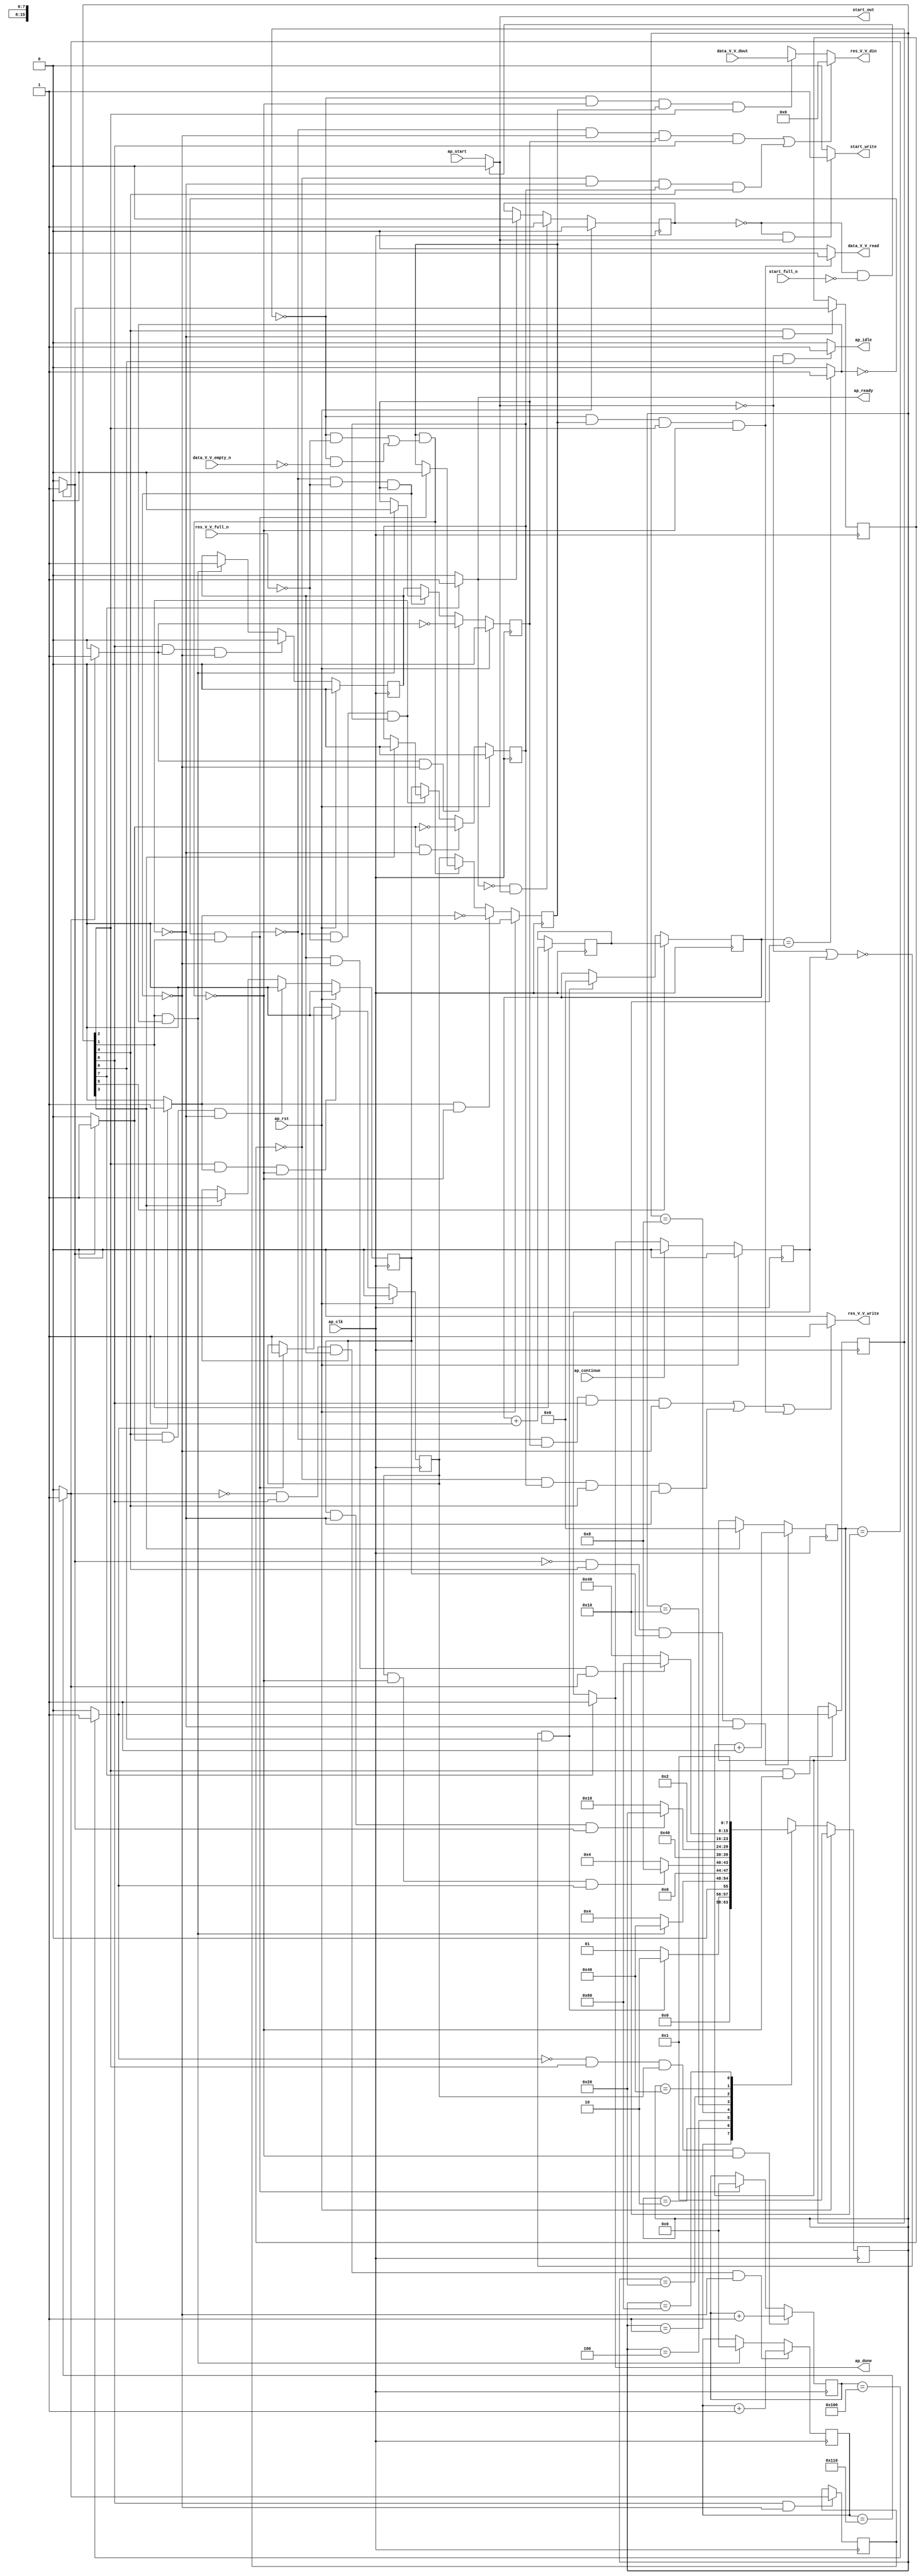
// ==============================================================
// RTL generated by Vivado(TM) HLS - High-Level Synthesis from C, C++ and OpenCL
// Version: 2019.2
// Copyright (C) 1986-2019 Xilinx, Inc. All Rights Reserved.
// 
// ===========================================================

`timescale 1 ns / 1 ps 

module zeropad2d_cl_ss_ap_fixed_ap_fixed_config78_s (
        ap_clk,
        ap_rst,
        ap_start,
        start_full_n,
        ap_done,
        ap_continue,
        ap_idle,
        ap_ready,
        start_out,
        start_write,
        data_V_V_dout,
        data_V_V_empty_n,
        data_V_V_read,
        res_V_V_din,
        res_V_V_full_n,
        res_V_V_write
);

parameter    ap_ST_fsm_state1 = 8'd1;
parameter    ap_ST_fsm_state2 = 8'd2;
parameter    ap_ST_fsm_pp0_stage0 = 8'd4;
parameter    ap_ST_fsm_state5 = 8'd8;
parameter    ap_ST_fsm_pp1_stage0 = 8'd16;
parameter    ap_ST_fsm_state8 = 8'd32;
parameter    ap_ST_fsm_pp2_stage0 = 8'd64;
parameter    ap_ST_fsm_state11 = 8'd128;

input   ap_clk;
input   ap_rst;
input   ap_start;
input   start_full_n;
output   ap_done;
input   ap_continue;
output   ap_idle;
output   ap_ready;
output   start_out;
output   start_write;
input  [15:0] data_V_V_dout;
input   data_V_V_empty_n;
output   data_V_V_read;
output  [15:0] res_V_V_din;
input   res_V_V_full_n;
output   res_V_V_write;

reg ap_done;
reg ap_idle;
reg start_write;
reg data_V_V_read;
reg[15:0] res_V_V_din;
reg res_V_V_write;

reg    real_start;
reg    start_once_reg;
reg    ap_done_reg;
(* fsm_encoding = "none" *) reg   [7:0] ap_CS_fsm;
wire    ap_CS_fsm_state1;
reg    internal_ap_ready;
reg    data_V_V_blk_n;
wire    ap_CS_fsm_pp0_stage0;
reg    ap_enable_reg_pp0_iter1;
wire    ap_block_pp0_stage0;
reg   [0:0] icmp_ln121_reg_210;
reg    res_V_V_blk_n;
wire    ap_CS_fsm_pp1_stage0;
reg    ap_enable_reg_pp1_iter1;
wire    ap_block_pp1_stage0;
reg   [0:0] icmp_ln24_reg_219;
wire    ap_CS_fsm_pp2_stage0;
reg    ap_enable_reg_pp2_iter1;
wire    ap_block_pp2_stage0;
reg   [0:0] icmp_ln130_reg_228;
reg   [8:0] indvar_flatten_reg_120;
reg   [4:0] c_0_i15_reg_131;
reg   [8:0] indvar_flatten11_reg_142;
wire   [0:0] icmp_ln117_fu_153_p2;
wire    ap_CS_fsm_state2;
wire   [4:0] i_fu_159_p2;
reg   [4:0] i_reg_205;
wire   [0:0] icmp_ln121_fu_165_p2;
wire    ap_block_state3_pp0_stage0_iter0;
reg    ap_block_state4_pp0_stage0_iter1;
reg    ap_block_pp0_stage0_11001;
wire   [8:0] add_ln121_fu_171_p2;
reg    ap_enable_reg_pp0_iter0;
wire   [0:0] icmp_ln24_fu_177_p2;
wire    ap_block_state6_pp1_stage0_iter0;
reg    ap_block_state7_pp1_stage0_iter1;
reg    ap_block_pp1_stage0_11001;
wire   [4:0] c_fu_183_p2;
reg    ap_enable_reg_pp1_iter0;
wire   [0:0] icmp_ln130_fu_189_p2;
wire    ap_block_state9_pp2_stage0_iter0;
reg    ap_block_state10_pp2_stage0_iter1;
reg    ap_block_pp2_stage0_11001;
wire   [8:0] add_ln130_fu_195_p2;
reg    ap_enable_reg_pp2_iter0;
reg    ap_block_pp0_stage0_subdone;
reg    ap_condition_pp0_exit_iter0_state3;
wire    ap_CS_fsm_state5;
reg    ap_block_pp1_stage0_subdone;
reg    ap_condition_pp1_exit_iter0_state6;
reg    ap_block_pp2_stage0_subdone;
reg    ap_condition_pp2_exit_iter0_state9;
reg   [4:0] i1_0_reg_109;
reg    ap_block_state1;
wire    ap_CS_fsm_state8;
reg    ap_block_pp0_stage0_01001;
reg    ap_block_pp1_stage0_01001;
reg    ap_block_pp2_stage0_01001;
wire    ap_CS_fsm_state11;
reg   [7:0] ap_NS_fsm;
reg    ap_idle_pp0;
wire    ap_enable_pp0;
reg    ap_idle_pp1;
wire    ap_enable_pp1;
reg    ap_idle_pp2;
wire    ap_enable_pp2;

// power-on initialization
initial begin
#0 start_once_reg = 1'b0;
#0 ap_done_reg = 1'b0;
#0 ap_CS_fsm = 8'd1;
#0 ap_enable_reg_pp0_iter1 = 1'b0;
#0 ap_enable_reg_pp1_iter1 = 1'b0;
#0 ap_enable_reg_pp2_iter1 = 1'b0;
#0 ap_enable_reg_pp0_iter0 = 1'b0;
#0 ap_enable_reg_pp1_iter0 = 1'b0;
#0 ap_enable_reg_pp2_iter0 = 1'b0;
end

always @ (posedge ap_clk) begin
    if (ap_rst == 1'b1) begin
        ap_CS_fsm <= ap_ST_fsm_state1;
    end else begin
        ap_CS_fsm <= ap_NS_fsm;
    end
end

always @ (posedge ap_clk) begin
    if (ap_rst == 1'b1) begin
        ap_done_reg <= 1'b0;
    end else begin
        if ((ap_continue == 1'b1)) begin
            ap_done_reg <= 1'b0;
        end else if ((1'b1 == ap_CS_fsm_state11)) begin
            ap_done_reg <= 1'b1;
        end
    end
end

always @ (posedge ap_clk) begin
    if (ap_rst == 1'b1) begin
        ap_enable_reg_pp0_iter0 <= 1'b0;
    end else begin
        if (((1'b1 == ap_CS_fsm_pp0_stage0) & (1'b1 == ap_condition_pp0_exit_iter0_state3) & (1'b0 == ap_block_pp0_stage0_subdone))) begin
            ap_enable_reg_pp0_iter0 <= 1'b0;
        end else if (((icmp_ln117_fu_153_p2 == 1'd0) & (1'b1 == ap_CS_fsm_state2))) begin
            ap_enable_reg_pp0_iter0 <= 1'b1;
        end
    end
end

always @ (posedge ap_clk) begin
    if (ap_rst == 1'b1) begin
        ap_enable_reg_pp0_iter1 <= 1'b0;
    end else begin
        if (((1'b1 == ap_condition_pp0_exit_iter0_state3) & (1'b0 == ap_block_pp0_stage0_subdone))) begin
            ap_enable_reg_pp0_iter1 <= (1'b1 ^ ap_condition_pp0_exit_iter0_state3);
        end else if ((1'b0 == ap_block_pp0_stage0_subdone)) begin
            ap_enable_reg_pp0_iter1 <= ap_enable_reg_pp0_iter0;
        end else if (((icmp_ln117_fu_153_p2 == 1'd0) & (1'b1 == ap_CS_fsm_state2))) begin
            ap_enable_reg_pp0_iter1 <= 1'b0;
        end
    end
end

always @ (posedge ap_clk) begin
    if (ap_rst == 1'b1) begin
        ap_enable_reg_pp1_iter0 <= 1'b0;
    end else begin
        if (((1'b1 == ap_CS_fsm_pp1_stage0) & (1'b1 == ap_condition_pp1_exit_iter0_state6) & (1'b0 == ap_block_pp1_stage0_subdone))) begin
            ap_enable_reg_pp1_iter0 <= 1'b0;
        end else if ((1'b1 == ap_CS_fsm_state5)) begin
            ap_enable_reg_pp1_iter0 <= 1'b1;
        end
    end
end

always @ (posedge ap_clk) begin
    if (ap_rst == 1'b1) begin
        ap_enable_reg_pp1_iter1 <= 1'b0;
    end else begin
        if (((1'b1 == ap_condition_pp1_exit_iter0_state6) & (1'b0 == ap_block_pp1_stage0_subdone))) begin
            ap_enable_reg_pp1_iter1 <= (1'b1 ^ ap_condition_pp1_exit_iter0_state6);
        end else if ((1'b0 == ap_block_pp1_stage0_subdone)) begin
            ap_enable_reg_pp1_iter1 <= ap_enable_reg_pp1_iter0;
        end else if ((1'b1 == ap_CS_fsm_state5)) begin
            ap_enable_reg_pp1_iter1 <= 1'b0;
        end
    end
end

always @ (posedge ap_clk) begin
    if (ap_rst == 1'b1) begin
        ap_enable_reg_pp2_iter0 <= 1'b0;
    end else begin
        if (((1'b1 == ap_CS_fsm_pp2_stage0) & (1'b1 == ap_condition_pp2_exit_iter0_state9) & (1'b0 == ap_block_pp2_stage0_subdone))) begin
            ap_enable_reg_pp2_iter0 <= 1'b0;
        end else if (((1'b1 == ap_CS_fsm_state2) & (icmp_ln117_fu_153_p2 == 1'd1))) begin
            ap_enable_reg_pp2_iter0 <= 1'b1;
        end
    end
end

always @ (posedge ap_clk) begin
    if (ap_rst == 1'b1) begin
        ap_enable_reg_pp2_iter1 <= 1'b0;
    end else begin
        if (((1'b1 == ap_condition_pp2_exit_iter0_state9) & (1'b0 == ap_block_pp2_stage0_subdone))) begin
            ap_enable_reg_pp2_iter1 <= (1'b1 ^ ap_condition_pp2_exit_iter0_state9);
        end else if ((1'b0 == ap_block_pp2_stage0_subdone)) begin
            ap_enable_reg_pp2_iter1 <= ap_enable_reg_pp2_iter0;
        end else if (((1'b1 == ap_CS_fsm_state2) & (icmp_ln117_fu_153_p2 == 1'd1))) begin
            ap_enable_reg_pp2_iter1 <= 1'b0;
        end
    end
end

always @ (posedge ap_clk) begin
    if (ap_rst == 1'b1) begin
        start_once_reg <= 1'b0;
    end else begin
        if (((internal_ap_ready == 1'b0) & (real_start == 1'b1))) begin
            start_once_reg <= 1'b1;
        end else if ((internal_ap_ready == 1'b1)) begin
            start_once_reg <= 1'b0;
        end
    end
end

always @ (posedge ap_clk) begin
    if (((icmp_ln24_fu_177_p2 == 1'd0) & (1'b1 == ap_CS_fsm_pp1_stage0) & (ap_enable_reg_pp1_iter0 == 1'b1) & (1'b0 == ap_block_pp1_stage0_11001))) begin
        c_0_i15_reg_131 <= c_fu_183_p2;
    end else if ((1'b1 == ap_CS_fsm_state5)) begin
        c_0_i15_reg_131 <= 5'd0;
    end
end

always @ (posedge ap_clk) begin
    if ((1'b1 == ap_CS_fsm_state8)) begin
        i1_0_reg_109 <= i_reg_205;
    end else if ((~((real_start == 1'b0) | (ap_done_reg == 1'b1)) & (1'b1 == ap_CS_fsm_state1))) begin
        i1_0_reg_109 <= 5'd0;
    end
end

always @ (posedge ap_clk) begin
    if (((icmp_ln130_fu_189_p2 == 1'd0) & (1'b1 == ap_CS_fsm_pp2_stage0) & (ap_enable_reg_pp2_iter0 == 1'b1) & (1'b0 == ap_block_pp2_stage0_11001))) begin
        indvar_flatten11_reg_142 <= add_ln130_fu_195_p2;
    end else if (((1'b1 == ap_CS_fsm_state2) & (icmp_ln117_fu_153_p2 == 1'd1))) begin
        indvar_flatten11_reg_142 <= 9'd0;
    end
end

always @ (posedge ap_clk) begin
    if (((icmp_ln121_fu_165_p2 == 1'd0) & (1'b1 == ap_CS_fsm_pp0_stage0) & (ap_enable_reg_pp0_iter0 == 1'b1) & (1'b0 == ap_block_pp0_stage0_11001))) begin
        indvar_flatten_reg_120 <= add_ln121_fu_171_p2;
    end else if (((icmp_ln117_fu_153_p2 == 1'd0) & (1'b1 == ap_CS_fsm_state2))) begin
        indvar_flatten_reg_120 <= 9'd0;
    end
end

always @ (posedge ap_clk) begin
    if ((1'b1 == ap_CS_fsm_state2)) begin
        i_reg_205 <= i_fu_159_p2;
    end
end

always @ (posedge ap_clk) begin
    if (((1'b1 == ap_CS_fsm_pp0_stage0) & (1'b0 == ap_block_pp0_stage0_11001))) begin
        icmp_ln121_reg_210 <= icmp_ln121_fu_165_p2;
    end
end

always @ (posedge ap_clk) begin
    if (((1'b1 == ap_CS_fsm_pp2_stage0) & (1'b0 == ap_block_pp2_stage0_11001))) begin
        icmp_ln130_reg_228 <= icmp_ln130_fu_189_p2;
    end
end

always @ (posedge ap_clk) begin
    if (((1'b1 == ap_CS_fsm_pp1_stage0) & (1'b0 == ap_block_pp1_stage0_11001))) begin
        icmp_ln24_reg_219 <= icmp_ln24_fu_177_p2;
    end
end

always @ (*) begin
    if ((icmp_ln121_fu_165_p2 == 1'd1)) begin
        ap_condition_pp0_exit_iter0_state3 = 1'b1;
    end else begin
        ap_condition_pp0_exit_iter0_state3 = 1'b0;
    end
end

always @ (*) begin
    if ((icmp_ln24_fu_177_p2 == 1'd1)) begin
        ap_condition_pp1_exit_iter0_state6 = 1'b1;
    end else begin
        ap_condition_pp1_exit_iter0_state6 = 1'b0;
    end
end

always @ (*) begin
    if ((icmp_ln130_fu_189_p2 == 1'd1)) begin
        ap_condition_pp2_exit_iter0_state9 = 1'b1;
    end else begin
        ap_condition_pp2_exit_iter0_state9 = 1'b0;
    end
end

always @ (*) begin
    if ((1'b1 == ap_CS_fsm_state11)) begin
        ap_done = 1'b1;
    end else begin
        ap_done = ap_done_reg;
    end
end

always @ (*) begin
    if (((real_start == 1'b0) & (1'b1 == ap_CS_fsm_state1))) begin
        ap_idle = 1'b1;
    end else begin
        ap_idle = 1'b0;
    end
end

always @ (*) begin
    if (((ap_enable_reg_pp0_iter1 == 1'b0) & (ap_enable_reg_pp0_iter0 == 1'b0))) begin
        ap_idle_pp0 = 1'b1;
    end else begin
        ap_idle_pp0 = 1'b0;
    end
end

always @ (*) begin
    if (((ap_enable_reg_pp1_iter1 == 1'b0) & (ap_enable_reg_pp1_iter0 == 1'b0))) begin
        ap_idle_pp1 = 1'b1;
    end else begin
        ap_idle_pp1 = 1'b0;
    end
end

always @ (*) begin
    if (((ap_enable_reg_pp2_iter1 == 1'b0) & (ap_enable_reg_pp2_iter0 == 1'b0))) begin
        ap_idle_pp2 = 1'b1;
    end else begin
        ap_idle_pp2 = 1'b0;
    end
end

always @ (*) begin
    if (((icmp_ln121_reg_210 == 1'd0) & (1'b0 == ap_block_pp0_stage0) & (ap_enable_reg_pp0_iter1 == 1'b1) & (1'b1 == ap_CS_fsm_pp0_stage0))) begin
        data_V_V_blk_n = data_V_V_empty_n;
    end else begin
        data_V_V_blk_n = 1'b1;
    end
end

always @ (*) begin
    if (((icmp_ln121_reg_210 == 1'd0) & (ap_enable_reg_pp0_iter1 == 1'b1) & (1'b1 == ap_CS_fsm_pp0_stage0) & (1'b0 == ap_block_pp0_stage0_11001))) begin
        data_V_V_read = 1'b1;
    end else begin
        data_V_V_read = 1'b0;
    end
end

always @ (*) begin
    if ((1'b1 == ap_CS_fsm_state11)) begin
        internal_ap_ready = 1'b1;
    end else begin
        internal_ap_ready = 1'b0;
    end
end

always @ (*) begin
    if (((start_once_reg == 1'b0) & (start_full_n == 1'b0))) begin
        real_start = 1'b0;
    end else begin
        real_start = ap_start;
    end
end

always @ (*) begin
    if ((((1'b0 == ap_block_pp2_stage0) & (icmp_ln130_reg_228 == 1'd0) & (ap_enable_reg_pp2_iter1 == 1'b1) & (1'b1 == ap_CS_fsm_pp2_stage0)) | ((1'b0 == ap_block_pp1_stage0) & (icmp_ln24_reg_219 == 1'd0) & (ap_enable_reg_pp1_iter1 == 1'b1) & (1'b1 == ap_CS_fsm_pp1_stage0)) | ((icmp_ln121_reg_210 == 1'd0) & (1'b0 == ap_block_pp0_stage0) & (ap_enable_reg_pp0_iter1 == 1'b1) & (1'b1 == ap_CS_fsm_pp0_stage0)))) begin
        res_V_V_blk_n = res_V_V_full_n;
    end else begin
        res_V_V_blk_n = 1'b1;
    end
end

always @ (*) begin
    if ((((icmp_ln130_reg_228 == 1'd0) & (1'b0 == ap_block_pp2_stage0_01001) & (ap_enable_reg_pp2_iter1 == 1'b1) & (1'b1 == ap_CS_fsm_pp2_stage0)) | ((icmp_ln24_reg_219 == 1'd0) & (1'b0 == ap_block_pp1_stage0_01001) & (ap_enable_reg_pp1_iter1 == 1'b1) & (1'b1 == ap_CS_fsm_pp1_stage0)))) begin
        res_V_V_din = 16'd0;
    end else if (((icmp_ln121_reg_210 == 1'd0) & (1'b0 == ap_block_pp0_stage0_01001) & (ap_enable_reg_pp0_iter1 == 1'b1) & (1'b1 == ap_CS_fsm_pp0_stage0))) begin
        res_V_V_din = data_V_V_dout;
    end else begin
        res_V_V_din = 'bx;
    end
end

always @ (*) begin
    if ((((icmp_ln130_reg_228 == 1'd0) & (ap_enable_reg_pp2_iter1 == 1'b1) & (1'b1 == ap_CS_fsm_pp2_stage0) & (1'b0 == ap_block_pp2_stage0_11001)) | ((icmp_ln24_reg_219 == 1'd0) & (ap_enable_reg_pp1_iter1 == 1'b1) & (1'b1 == ap_CS_fsm_pp1_stage0) & (1'b0 == ap_block_pp1_stage0_11001)) | ((icmp_ln121_reg_210 == 1'd0) & (ap_enable_reg_pp0_iter1 == 1'b1) & (1'b1 == ap_CS_fsm_pp0_stage0) & (1'b0 == ap_block_pp0_stage0_11001)))) begin
        res_V_V_write = 1'b1;
    end else begin
        res_V_V_write = 1'b0;
    end
end

always @ (*) begin
    if (((start_once_reg == 1'b0) & (real_start == 1'b1))) begin
        start_write = 1'b1;
    end else begin
        start_write = 1'b0;
    end
end

always @ (*) begin
    case (ap_CS_fsm)
        ap_ST_fsm_state1 : begin
            if ((~((real_start == 1'b0) | (ap_done_reg == 1'b1)) & (1'b1 == ap_CS_fsm_state1))) begin
                ap_NS_fsm = ap_ST_fsm_state2;
            end else begin
                ap_NS_fsm = ap_ST_fsm_state1;
            end
        end
        ap_ST_fsm_state2 : begin
            if (((1'b1 == ap_CS_fsm_state2) & (icmp_ln117_fu_153_p2 == 1'd1))) begin
                ap_NS_fsm = ap_ST_fsm_pp2_stage0;
            end else begin
                ap_NS_fsm = ap_ST_fsm_pp0_stage0;
            end
        end
        ap_ST_fsm_pp0_stage0 : begin
            if (~((ap_enable_reg_pp0_iter0 == 1'b1) & (1'b0 == ap_block_pp0_stage0_subdone) & (icmp_ln121_fu_165_p2 == 1'd1))) begin
                ap_NS_fsm = ap_ST_fsm_pp0_stage0;
            end else if (((ap_enable_reg_pp0_iter0 == 1'b1) & (1'b0 == ap_block_pp0_stage0_subdone) & (icmp_ln121_fu_165_p2 == 1'd1))) begin
                ap_NS_fsm = ap_ST_fsm_state5;
            end else begin
                ap_NS_fsm = ap_ST_fsm_pp0_stage0;
            end
        end
        ap_ST_fsm_state5 : begin
            ap_NS_fsm = ap_ST_fsm_pp1_stage0;
        end
        ap_ST_fsm_pp1_stage0 : begin
            if (~((ap_enable_reg_pp1_iter0 == 1'b1) & (1'b0 == ap_block_pp1_stage0_subdone) & (icmp_ln24_fu_177_p2 == 1'd1))) begin
                ap_NS_fsm = ap_ST_fsm_pp1_stage0;
            end else if (((ap_enable_reg_pp1_iter0 == 1'b1) & (1'b0 == ap_block_pp1_stage0_subdone) & (icmp_ln24_fu_177_p2 == 1'd1))) begin
                ap_NS_fsm = ap_ST_fsm_state8;
            end else begin
                ap_NS_fsm = ap_ST_fsm_pp1_stage0;
            end
        end
        ap_ST_fsm_state8 : begin
            ap_NS_fsm = ap_ST_fsm_state2;
        end
        ap_ST_fsm_pp2_stage0 : begin
            if (~((ap_enable_reg_pp2_iter0 == 1'b1) & (1'b0 == ap_block_pp2_stage0_subdone) & (icmp_ln130_fu_189_p2 == 1'd1))) begin
                ap_NS_fsm = ap_ST_fsm_pp2_stage0;
            end else if (((ap_enable_reg_pp2_iter0 == 1'b1) & (1'b0 == ap_block_pp2_stage0_subdone) & (icmp_ln130_fu_189_p2 == 1'd1))) begin
                ap_NS_fsm = ap_ST_fsm_state11;
            end else begin
                ap_NS_fsm = ap_ST_fsm_pp2_stage0;
            end
        end
        ap_ST_fsm_state11 : begin
            ap_NS_fsm = ap_ST_fsm_state1;
        end
        default : begin
            ap_NS_fsm = 'bx;
        end
    endcase
end

assign add_ln121_fu_171_p2 = (indvar_flatten_reg_120 + 9'd1);

assign add_ln130_fu_195_p2 = (indvar_flatten11_reg_142 + 9'd1);

assign ap_CS_fsm_pp0_stage0 = ap_CS_fsm[32'd2];

assign ap_CS_fsm_pp1_stage0 = ap_CS_fsm[32'd4];

assign ap_CS_fsm_pp2_stage0 = ap_CS_fsm[32'd6];

assign ap_CS_fsm_state1 = ap_CS_fsm[32'd0];

assign ap_CS_fsm_state11 = ap_CS_fsm[32'd7];

assign ap_CS_fsm_state2 = ap_CS_fsm[32'd1];

assign ap_CS_fsm_state5 = ap_CS_fsm[32'd3];

assign ap_CS_fsm_state8 = ap_CS_fsm[32'd5];

assign ap_block_pp0_stage0 = ~(1'b1 == 1'b1);

always @ (*) begin
    ap_block_pp0_stage0_01001 = ((ap_enable_reg_pp0_iter1 == 1'b1) & (((icmp_ln121_reg_210 == 1'd0) & (res_V_V_full_n == 1'b0)) | ((icmp_ln121_reg_210 == 1'd0) & (data_V_V_empty_n == 1'b0))));
end

always @ (*) begin
    ap_block_pp0_stage0_11001 = ((ap_enable_reg_pp0_iter1 == 1'b1) & (((icmp_ln121_reg_210 == 1'd0) & (res_V_V_full_n == 1'b0)) | ((icmp_ln121_reg_210 == 1'd0) & (data_V_V_empty_n == 1'b0))));
end

always @ (*) begin
    ap_block_pp0_stage0_subdone = ((ap_enable_reg_pp0_iter1 == 1'b1) & (((icmp_ln121_reg_210 == 1'd0) & (res_V_V_full_n == 1'b0)) | ((icmp_ln121_reg_210 == 1'd0) & (data_V_V_empty_n == 1'b0))));
end

assign ap_block_pp1_stage0 = ~(1'b1 == 1'b1);

always @ (*) begin
    ap_block_pp1_stage0_01001 = ((icmp_ln24_reg_219 == 1'd0) & (res_V_V_full_n == 1'b0) & (ap_enable_reg_pp1_iter1 == 1'b1));
end

always @ (*) begin
    ap_block_pp1_stage0_11001 = ((icmp_ln24_reg_219 == 1'd0) & (res_V_V_full_n == 1'b0) & (ap_enable_reg_pp1_iter1 == 1'b1));
end

always @ (*) begin
    ap_block_pp1_stage0_subdone = ((icmp_ln24_reg_219 == 1'd0) & (res_V_V_full_n == 1'b0) & (ap_enable_reg_pp1_iter1 == 1'b1));
end

assign ap_block_pp2_stage0 = ~(1'b1 == 1'b1);

always @ (*) begin
    ap_block_pp2_stage0_01001 = ((icmp_ln130_reg_228 == 1'd0) & (res_V_V_full_n == 1'b0) & (ap_enable_reg_pp2_iter1 == 1'b1));
end

always @ (*) begin
    ap_block_pp2_stage0_11001 = ((icmp_ln130_reg_228 == 1'd0) & (res_V_V_full_n == 1'b0) & (ap_enable_reg_pp2_iter1 == 1'b1));
end

always @ (*) begin
    ap_block_pp2_stage0_subdone = ((icmp_ln130_reg_228 == 1'd0) & (res_V_V_full_n == 1'b0) & (ap_enable_reg_pp2_iter1 == 1'b1));
end

always @ (*) begin
    ap_block_state1 = ((real_start == 1'b0) | (ap_done_reg == 1'b1));
end

always @ (*) begin
    ap_block_state10_pp2_stage0_iter1 = ((icmp_ln130_reg_228 == 1'd0) & (res_V_V_full_n == 1'b0));
end

assign ap_block_state3_pp0_stage0_iter0 = ~(1'b1 == 1'b1);

always @ (*) begin
    ap_block_state4_pp0_stage0_iter1 = (((icmp_ln121_reg_210 == 1'd0) & (res_V_V_full_n == 1'b0)) | ((icmp_ln121_reg_210 == 1'd0) & (data_V_V_empty_n == 1'b0)));
end

assign ap_block_state6_pp1_stage0_iter0 = ~(1'b1 == 1'b1);

always @ (*) begin
    ap_block_state7_pp1_stage0_iter1 = ((icmp_ln24_reg_219 == 1'd0) & (res_V_V_full_n == 1'b0));
end

assign ap_block_state9_pp2_stage0_iter0 = ~(1'b1 == 1'b1);

assign ap_enable_pp0 = (ap_idle_pp0 ^ 1'b1);

assign ap_enable_pp1 = (ap_idle_pp1 ^ 1'b1);

assign ap_enable_pp2 = (ap_idle_pp2 ^ 1'b1);

assign ap_ready = internal_ap_ready;

assign c_fu_183_p2 = (c_0_i15_reg_131 + 5'd1);

assign i_fu_159_p2 = (i1_0_reg_109 + 5'd1);

assign icmp_ln117_fu_153_p2 = ((i1_0_reg_109 == 5'd16) ? 1'b1 : 1'b0);

assign icmp_ln121_fu_165_p2 = ((indvar_flatten_reg_120 == 9'd256) ? 1'b1 : 1'b0);

assign icmp_ln130_fu_189_p2 = ((indvar_flatten11_reg_142 == 9'd272) ? 1'b1 : 1'b0);

assign icmp_ln24_fu_177_p2 = ((c_0_i15_reg_131 == 5'd16) ? 1'b1 : 1'b0);

assign start_out = real_start;

endmodule //zeropad2d_cl_ss_ap_fixed_ap_fixed_config78_s